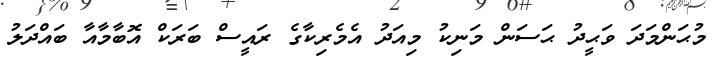
މުޙަންމަދަ ވަޙީދު ޙަސަން މަނިކު މިއަދު އެމެރިކާގެ ރައީސް ބަރަކް އޮބާމާއާ ބައްދަލު